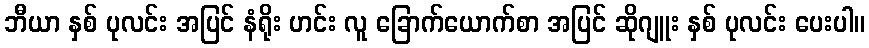
ဘီယာ နှစ် ပုလင်း အပြင် နံရိုး ဟင်း လူ ခြောက်ယောက်စာ အပြင် ဆိုဂျူး နှစ် ပုလင်း ပေးပါ။